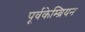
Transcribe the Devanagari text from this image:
पूर्वकेम्ब्रियन